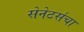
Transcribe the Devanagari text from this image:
सेनेटर्सचा